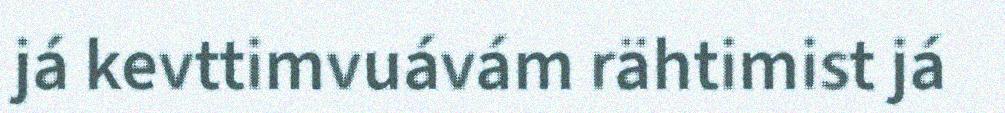
já kevttimvuávám rähtimist já